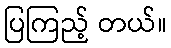
ပြကြည့် တယ်။